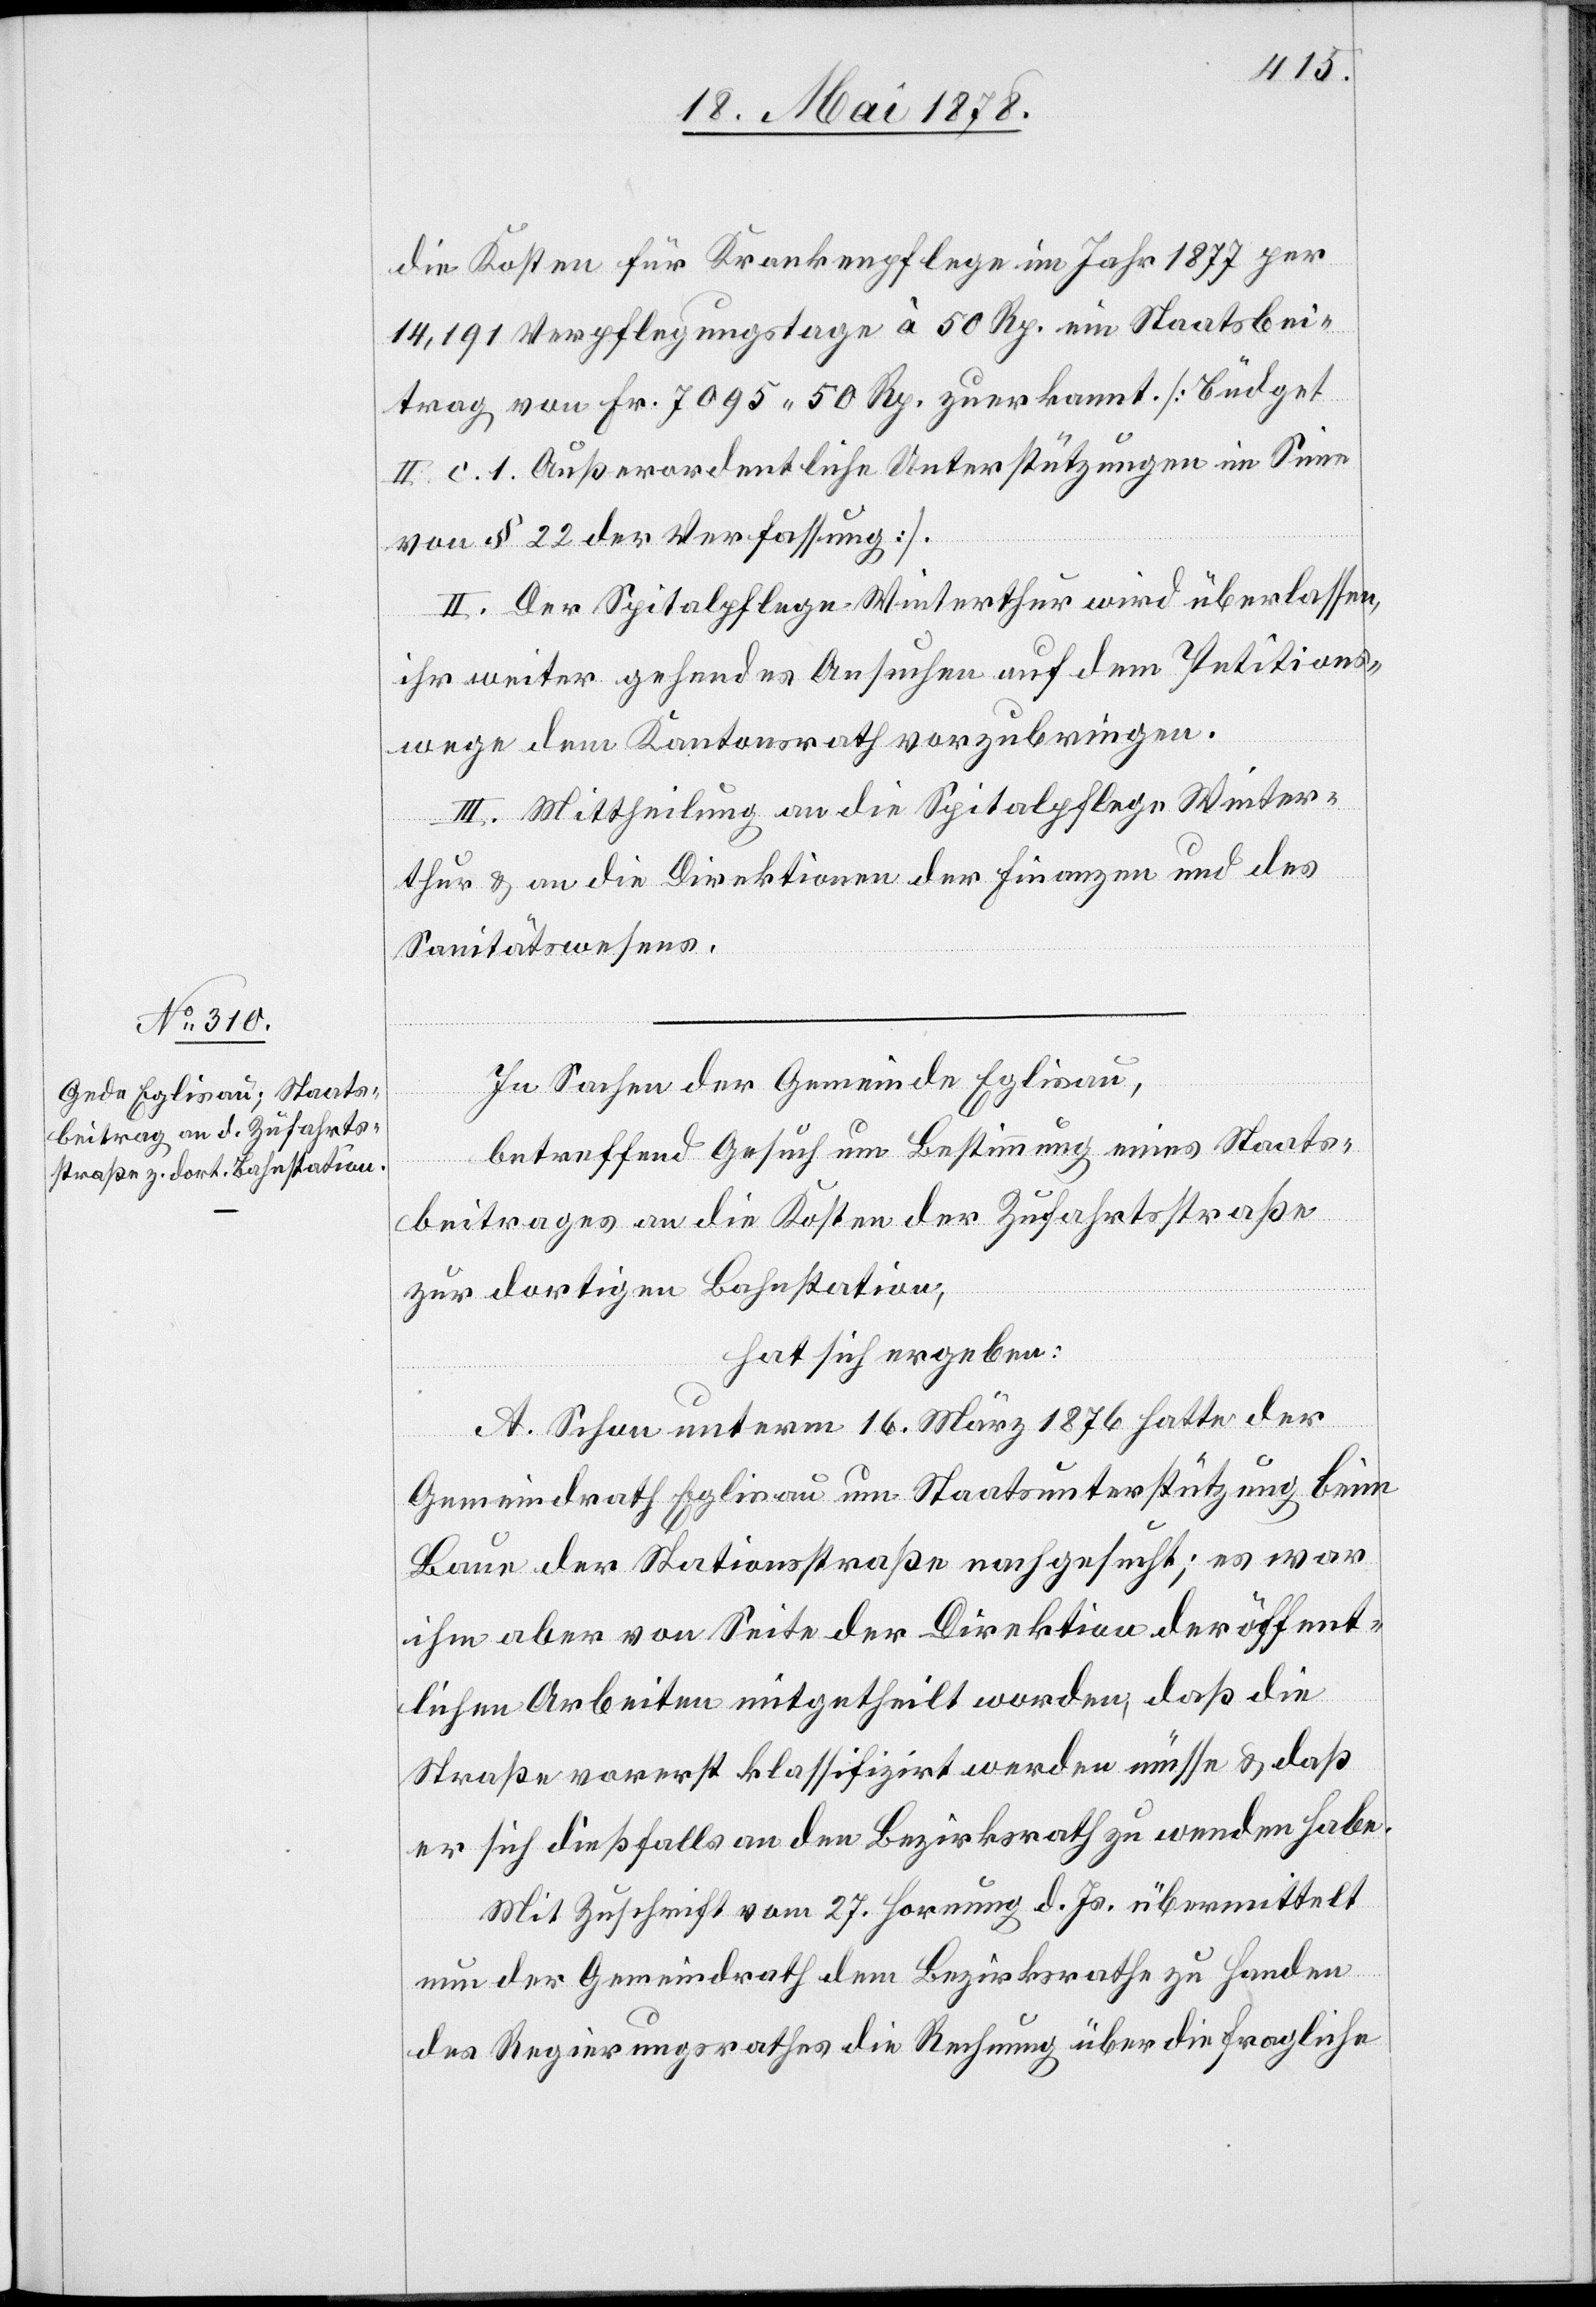
die Kosten für Krankenpflege im Jahr 1877 per
14,191 Verpflegungstage à 50 Rp. ein Staatsbei¬
trag von Fr. 7095. 50 Rp. zuerkannt [Büdget
II. c. 1. Ausserordentliche Unterstützungen im Sinne
von § 22 der Verfassung.]
II. Der Spitalpflege Winterthur wird überlassen,
ihr weiter gehendes Ansuchen auf dem Petitions¬
wege dem Kantonsrath vorzubringen.
III. Mittheilung an die Spitalpflege Winter¬
thur & an die Direktionen der Finanzen und des
Sanitätswesens.
In Sachen der Gemeinde Eglisau,
betreffend Gesuch um Bestimmung eines Staats¬
beitrages an die Kosten der Zufahrtsstraße
zur dortigen Bahnstation,
hat sich ergeben:
A. Schon unterm 16. März 1876 hatte der
Gemeindrath Eglisau um Staatsunterstützung beim
Baue der Stationsstraße nachgesucht; es war
ihm aber von Seite der Direktion der öffent¬
lichen Arbeiten mitgetheilt worden, daß die
Straße vorerst klassifizirt werden müsse & daß
er sich dießfalls an den Bezirksrath zu wenden habe.
Mit Zuschrift vom 27. Hornung d. Js. übermittelt
nun der Gemeindrath dem Bezirksrath zu Handen
des Regierungsrathes die Rechnung über die fragliche